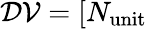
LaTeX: \mathcal{DV}=[N_{\mathrm{unit}}